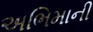
અભિમાની